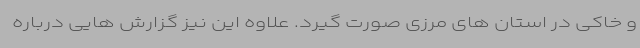
و خاکی در استان های مرزی صورت گیرد. علاوه این نیز گزارش هایی درباره